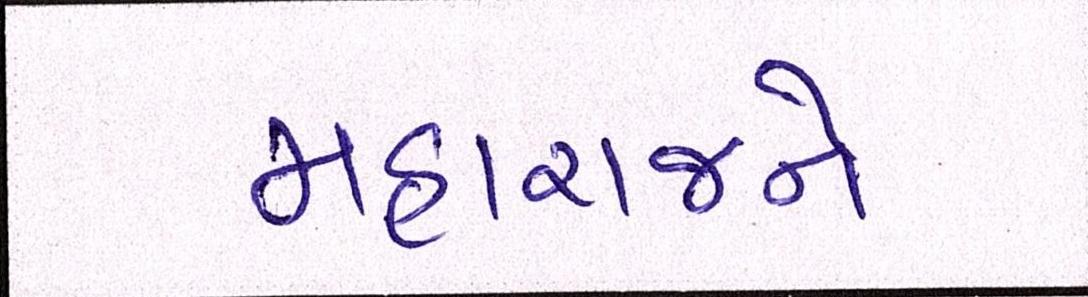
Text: મહારાજને